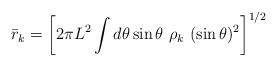
LaTeX: \begin{align*}{\bar r_k} = \left[ 2 \pi L^2 \int d\theta \sin{\theta} \ \rho_k \ (\sin\theta)^2 \right]^{1/2} \end{align*}